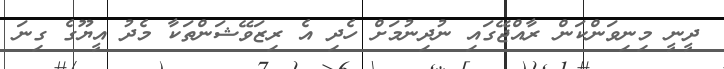
ދީނީ މިނިވަންކަން ރާއްޖޭގައި ނުދިނުމަށް ހެދި އެ ރިޒަވޭޝަންތަކާ މެދު އީޔޫގެ ގިނަ